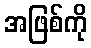
အဖြစ်ကို